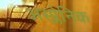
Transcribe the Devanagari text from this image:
अस्प्लेनिक